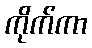
ကိုက်ကာ